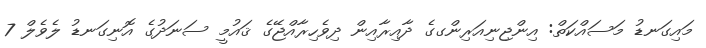
މައިގަނޑު މަސައްކަތް: އިންޖިނިއަރިންގގެ ދާއިރާއިން ދިވެހިރާއްޖޭގެ ޤައުމީ ސަނަދުގެ އޮނިގަނޑު ލެވެލް 7